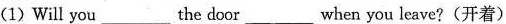
(1)Will you___the door___when you leave? (开着)